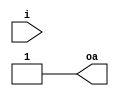
module a (input i, output oa);
   assign i = 1'b1;
   assign oa = i;
endmodule